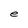
Character: e